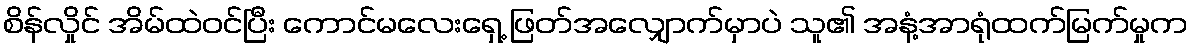
စိန်လှိုင် အိမ်ထဲဝင်ပြီး ကောင်မလေးရှေ့ ဖြတ်အလျှောက်မှာပဲ သူ၏ အနံ့အာရုံထက်မြက်မှုက